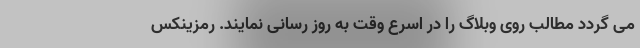
می گردد مطالب روی وبلاگ را در اسرع وقت به روز رسانی نمایند. رمزینکس